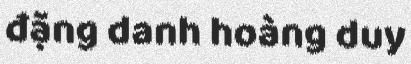
đặng danh hoàng duy